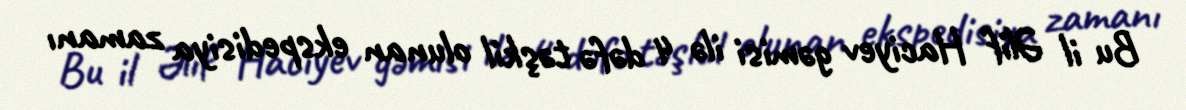
Bu il Əlif Haciyev gəmisi ilə 4 dəfə təşkil olunan ekspedisiya zamanı